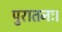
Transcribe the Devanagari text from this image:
पुरातनः।